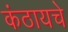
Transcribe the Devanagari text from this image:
कंठायचे